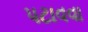
પટાવવા